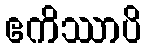
ဧကိဿာပိ